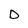
Character: D